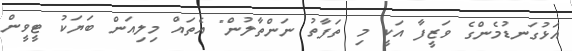
އަޅުގަނޑުމެންގެ ވަޒީފާ އަކީ މި ތަފާތު ނަންތާލުން" އެތައް މިލިއަން ބަޔަކު ޓީވީން